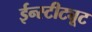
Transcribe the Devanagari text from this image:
ईन्स्टीट्यूट